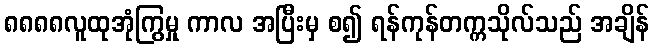
၈၈၈၈လူထုအုံကြွမှု ကာလ အပြီးမှ စ၍ ရန်ကုန်တက္ကသိုလ်သည် အချိန်